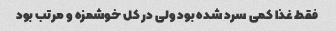
فقط غذا کمی سرد شده بود ولی در کل خوشمزه و مرتب بود